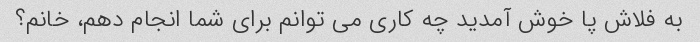
به فلاش پا خوش آمدید چه کاری می توانم برای شما انجام دهم، خانم؟